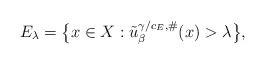
LaTeX: \begin{align*}E_{\lambda}=\big\{x\in X:\tilde u^{\gamma/c_E,\#}_\beta(x)>\lambda\big\},\end{align*}